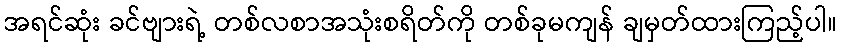
အရင်ဆုံး ခင်ဗျားရဲ့ တစ်လစာအသုံးစရိတ်ကို တစ်ခုမကျန် ချမှတ်ထားကြည့်ပါ။